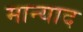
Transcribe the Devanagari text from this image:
मान्याद